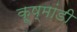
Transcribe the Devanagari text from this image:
कूष्मांडी